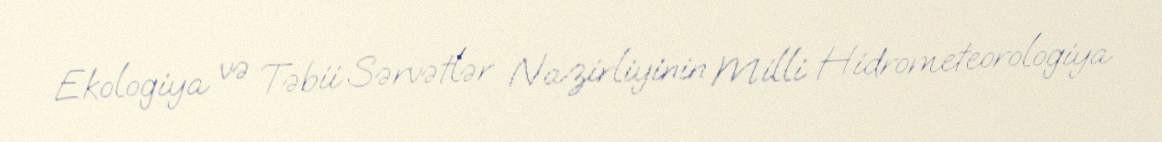
Ekologiya və Təbii Sərvətlər Nazirliyinin Milli Hidrometeorologiya